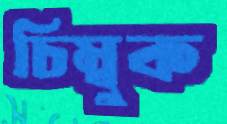
চিম্বুক